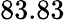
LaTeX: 83.83